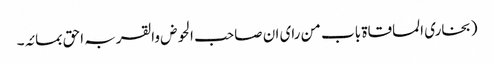
(بخاری المساقاۃ باب من رای ان صاحب الحوض والقربہ احق بمائہ۔